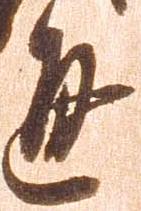
通